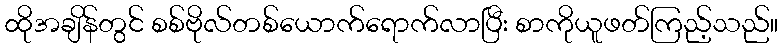
ထိုအချိန်တွင် စစ်ဗိုလ်တစ်ယောက်ရောက်လာပြီး စာကိုယူဖတ်ကြည့်သည်။